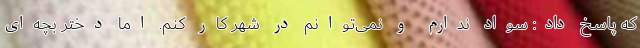
که پاسخ داد: سواد ندارم و نمی‌توانم در شهر کار کنم. اما دختر بچه‌ای